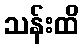
သန်းထိ